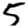
Digit: 5